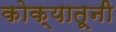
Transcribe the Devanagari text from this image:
कोक्यातूनी